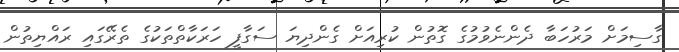
ގާސިމަށް މަރުހަބާ ދެންނެވުމުގެ ގޮތުން ކުރިއަށް ގެންދިޔަ ސަގާފީ ހަރަކާތްތަކުގެ ތެރޭގައި ރައްޔިތުން